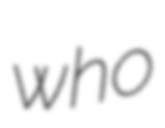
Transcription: who